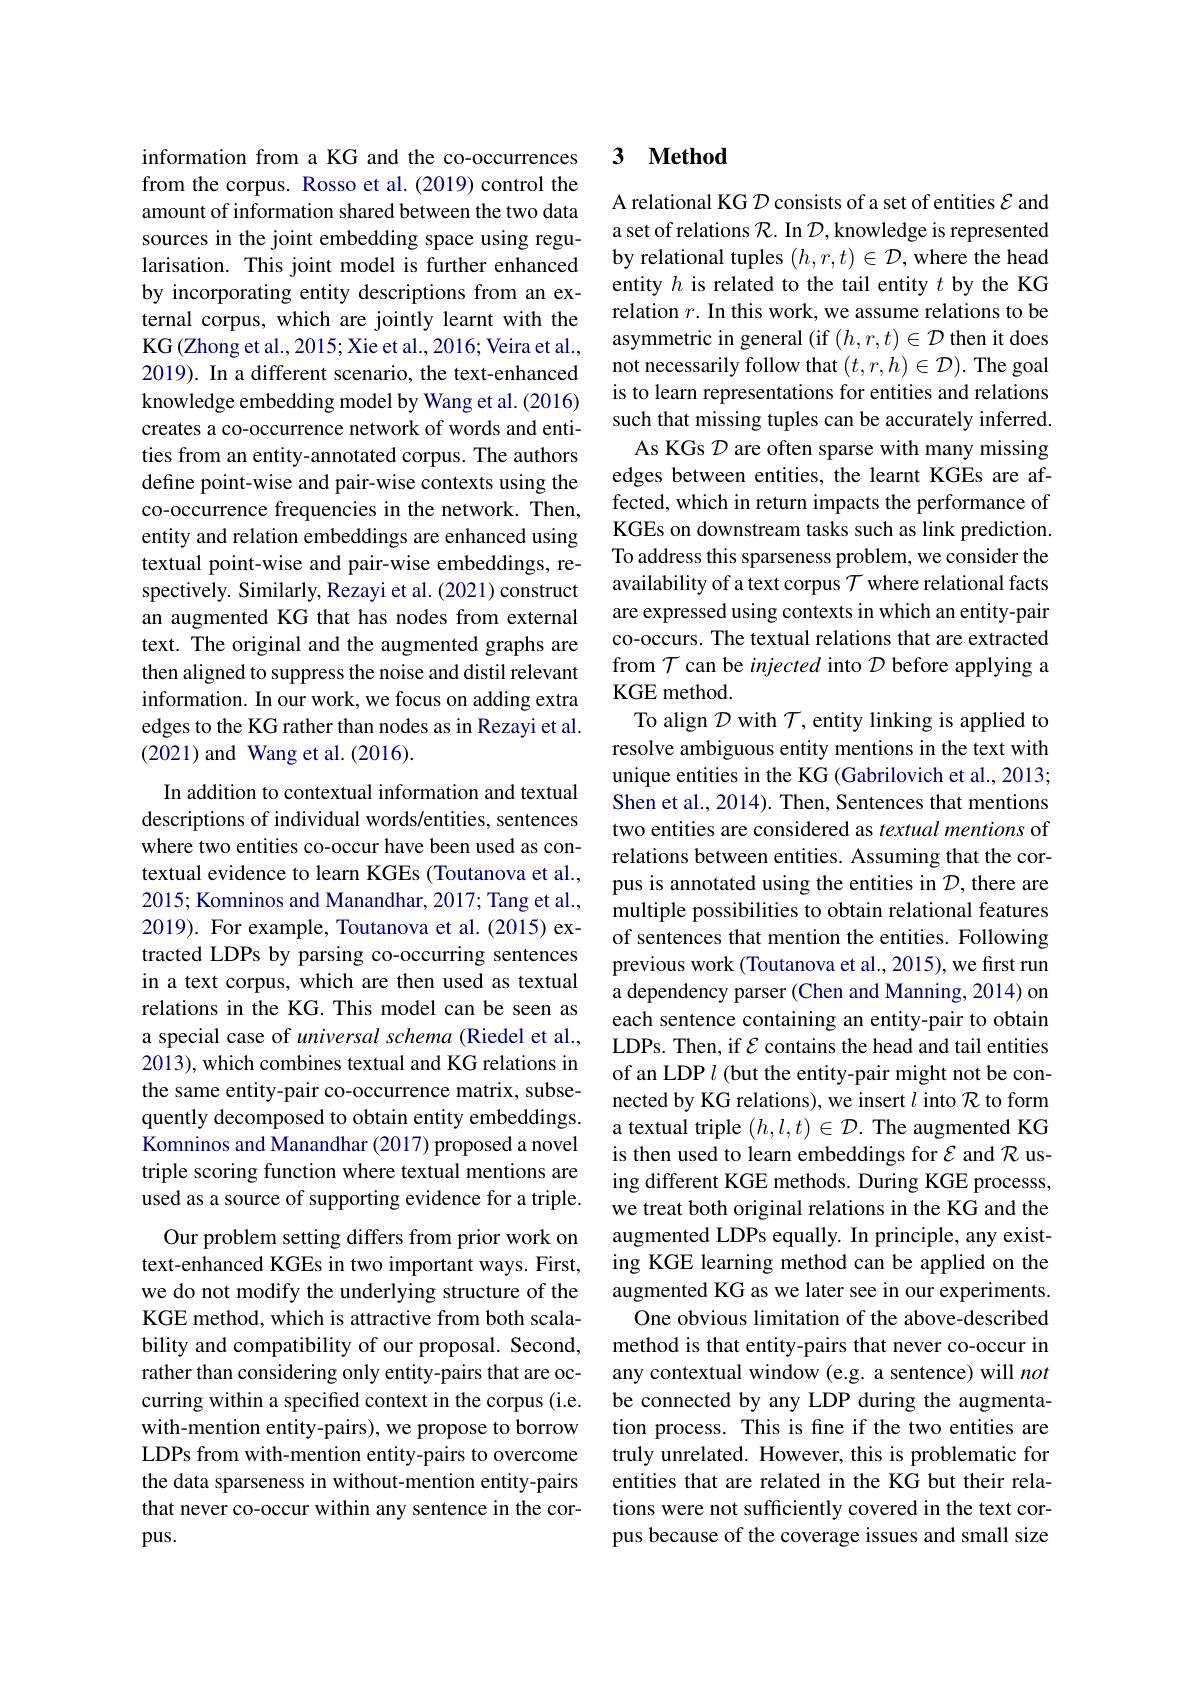
information from a KG and the co-occurrences from the corpus. Rosso et al.(2019) control the amount of information shared between the two data sources in the joint embedding space using regularisation. This joint model is further enhanced by incorporating entity descriptions from an external corpus, which are jointly learnt with the KG (Zhong et al., 2015; Xie et al., 2016; Veira et al., 2019). In a different scenario, the text-enhanced knowledge embedding model by Wang et al. (2016) creates a co-occurrence network of words and entities from an entity-annotated corpus. The authors define point-wise and pair-wise contexts using the co-occurrence frequencies in the network. Then, entity and relation embeddings are enhanced using textual point-wise and pair-wise embeddings, respectively. Similarly, Rezayi et al. (2021) construct an augmented KG that has nodes from external text. The original and the augmented graphs are then aligned to suppress the noise and distil relevant information. In our work, we focus on adding extra edges to the KG rather than nodes as in Rezayi et al. (2021) and Wang et al.(2016).

In addition to contextual information and textual descriptions of individual words/entities, sentences where two entities co-occur have been used as contextual evidence to learn KGEs (Toutanova et al., 2015; Komninos and Manandhar, 2017; Tang et al., 2019). For example, Toutanova et al. (2015) extracted LDPs by parsing co-occurring sentences in a text corpus, which are then used as textual relations in the KG. This model can be seen as a special case of universal schema (Riedel et al., 2013), which combines textual and KG relations in the same entity-pair co-occurrence matrix, subsequently decomposed to obtain entity embeddings. Komninos and Manandhar (2017) proposed a novel triple scoring function where textual mentions are used as a source of supporting evidence for a triple.
Our problem setting differs from prior work on text-enhanced KGEs in two important ways. First, we do not modify the underlying structure of the KGE method, which is attractive from both scalability and compatibility of our proposal. Second, rather than considering only entity-pairs that are occurring within a specified context in the corpus (i.e. with-mention entity-pairs), we propose to borrow LDPs from with-mention entity-pairs to overcome the data sparseness in without-mention entity-pairs that never co-occur within any sentence in the corpus.

### 3 $\mathbf{Method}$

A relational KG $\mathcal{D}$ consists of a set of entities $\mathcal{E}$ and a set of relations $\mathcal{R}.$ In $\mathcal{D}$,knowledge is represented by relational tuples $(h,r,t)\in\mathcal{D}$,where the head entity $h$ is related to the tail entity $t$ by the KG relation $r.$ In this work, we assume relations to be asymmetric in general (if $(h,r,t)\in\mathcal{D}$ then it does not necessarily follow that $(t,r,h)\in\mathcal{D}).$ The goal is to learn representations for entities and relations such that missing tuples can be accurately inferred. As KGs D are often sparse with many missing edges between entities, the learnt KGEs are affected, which in return impacts the performance of KGEs on downstream tasks such as link prediction. To address this sparseness problem, we consider the availability of a text corpus $\mathcal{T}$ where relational facts are expressed using contexts in which an entity-pair co-occurs. The textual relations that are extracted from $\mathcal{T}$ can be injected into $\mathcal{D}$ before applying a KGE method.
To align $\mathcal{D}$ with $\mathcal{T}$, entity linking is applied to resolve ambiguous entity mentions in the text with unique entities in the KG (Gabrilovich et al., 2013; Shen et al., 2014). Then, Sentences that mentions two entities are considered as textual mentions of relations between entities. Assuming that the corpus is annotated using the entities in $\mathcal{D}$, there are multiple possibilities to obtain relational features of sentences that mention the entities. Following previous work (Toutanova et al., 2015), we first run a dependency parser (Chen and Manning, 2014) on each sentence containing an entity-pair to obtain LDPs. Then, if $\mathcal{E}$ contains the head and tail entities of an LDP $l$ (but the entity-pair might not be connected by KG relations), we insert $l$ into $\mathcal{R}$ to form a textual triple $(h,l,t)\in\mathcal{D}.$ The augmented KG is then used to learn embeddings for $\mathcal{E}$ and $\mathcal{R}$ using different KGE methods. During KGE processs, we treat both original relations in the KG and the augmented LDPs equally. In principle, any existing KGE learning method can be applied on the augmented KG as we later see in our experiments.
One obvious limitation of the above-described method is that entity-pairs that never co-occur in any contextual window (e.g. a sentence) will not be connected by any LDP during the augmentation process. This is fine if the two entities are truly unrelated. However, this is problematic for entities that are related in the KG but their relations were not sufficiently covered in the text corpus because of the coverage issues and small size